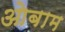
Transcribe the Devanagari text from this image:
ओबाम